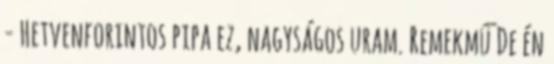
- Hetvenforintos pipa ez, nagyságos uram. Remekmű De én